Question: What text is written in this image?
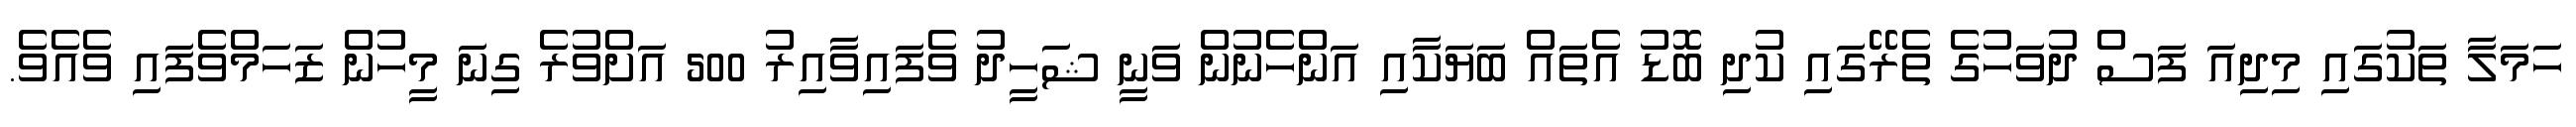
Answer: ހަމަލާ ތަކުގައި މިދިއަ ފަސް ދުވަހުގެ ތެރޭގައި ކުދި ބޮޑު އެތައް ބަޔަކާއި އަންހެނުން ވަނީ ޝަހީދު ވެފައިވާއިރު 500 އަށްވުރެ ގިނަ މީހުން ޒަހަމްވެފައި ވެއެވެ.